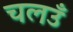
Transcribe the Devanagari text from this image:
चलउँ